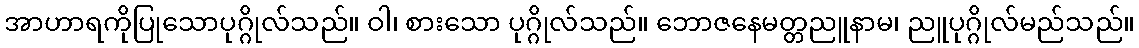
အာဟာရကိုပြုသောပုဂ္ဂိုလ်သည်။ ဝါ၊ စားသော ပုဂ္ဂိုလ်သည်။ ဘောဇနေမတ္တညူနာမ၊ ညူပုဂ္ဂိုလ်မည်သည်။